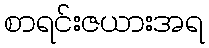
စာရင်းဇယားအရ